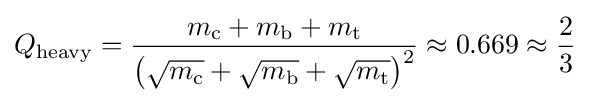
Q_{\text{heavy}}={\frac {m_{\text{c}}+m_{\text{b}}+m_{\text{t}}}{\left({\sqrt {m_{\text{c}}}}+{\sqrt {m_{\text{b}}}}+{\sqrt {m_{\text{t}}}}\right)^{2}}}\approx 0.669\approx {\frac {2}{3}}